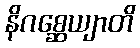
နိဂစ္ဆေယျာတိ